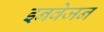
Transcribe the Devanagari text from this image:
इनवेजन